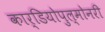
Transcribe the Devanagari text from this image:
कार्डियोपुल्मोनरी